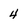
Character: 4